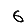
Digit: 6